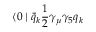
\langle 0 \mid \bar { q } _ { k } { \frac { 1 } { 2 } } \gamma _ { \mu } \gamma _ { 5 } q _ { k }